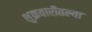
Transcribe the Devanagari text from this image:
शुक्रवारीतल्या